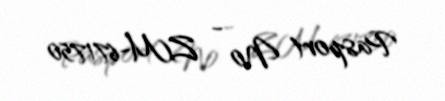
Pasport № - ZM-671750